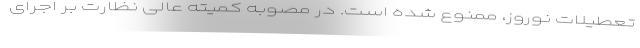
تعطیلات نوروز، ممنوع شده است. در مصوبه کمیته عالی نظارت بر اجرای